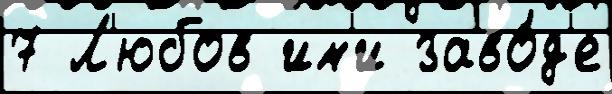
7 Л'юбов им'и заво́д'е